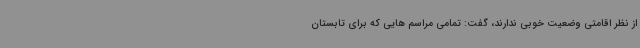
از نظر اقامتی وضعیت خوبی ندارند، گفت: تمامی مراسم هایی که برای تابستان